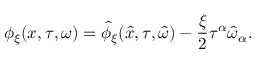
\phi _ { \xi } ( x , \tau , \omega ) = \hat { \phi } _ { \xi } ( \hat { x } , \tau , \hat { \omega } ) - \frac { \xi } { 2 } \tau ^ { \alpha } \hat { \omega } _ { \alpha } .